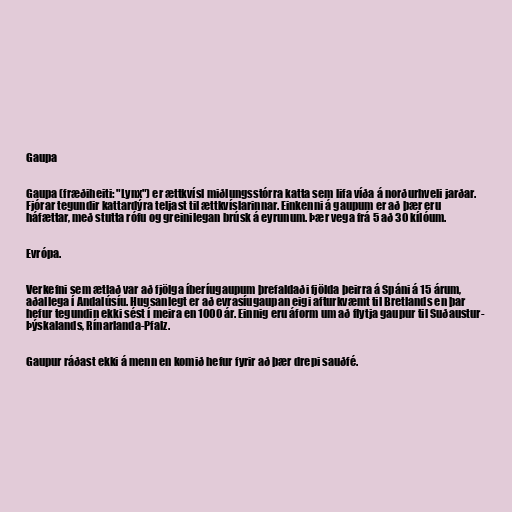
Gaupa

Gaupa (fræðiheiti: "Lynx") er ættkvísl miðlungsstórra katta sem lifa víða á norðurhveli jarðar.
Fjórar tegundir kattardýra teljast til ættkvíslarinnar. Einkenni á gaupum er að þær eru
háfættar, með stutta rófu og greinilegan brúsk á eyrunum. Þær vega frá 5 að 30 kílóum.

Evrópa.

Verkefni sem ætlað var að fjölga íberíugaupum þrefaldaði fjölda þeirra á Spáni á 15 árum,
aðallega í Andalúsíu. Hugsanlegt er að evrasíugaupan eigi afturkvæmt til Bretlands en þar
hefur tegundin ekki sést í meira en 1000 ár. Einnig eru áform um að flytja gaupur til Suðaustur-
Þýskalands, Rínarlanda-Pfalz.

Gaupur ráðast ekki á menn en komið hefur fyrir að þær drepi sauðfé.